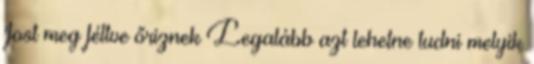
'fost meg féltve őriznek Legalább azt lehetne tudni melyik